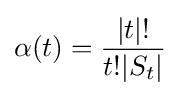
\displaystyle \alpha (t)={|t|! \over t!|S_{t}|}